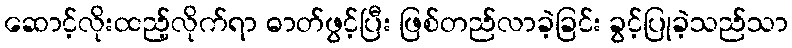
ဆောင့်လိုးထည့်လိုက်ရာ ဓာတ်ဖွင့်ပြီး ဖြစ်တည်လာခဲ့ခြင်း ခွင့်ပြုခဲ့သည်သာ